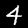
Label: 4